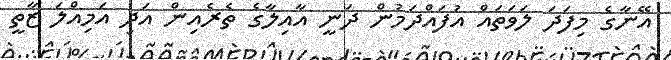
އޭނާގެ މިފަދަ ލަވަތައް އުފައްދަމުން ދަނީ އާއިލާގެ ތެރެއިން އަދި އަމިއްލަ ޒާތީ